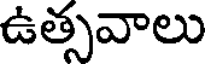
ఉత్సవాలు